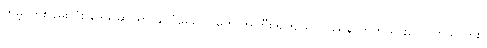
ကမ္ဘာတစ်ဝှမ်းလုံး ဒေသဆိုင်ရာ နိုင်ငံရေးပါဝါတွေ အကြီးအကျယ် ပြဿနာတက်သွားလောက်သလား။